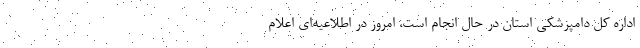
اداره کل دامپزشکی استان در حال انجام است، امروز در اطلاعیه‌ای اعلام